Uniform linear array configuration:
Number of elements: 24
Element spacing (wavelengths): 0.75
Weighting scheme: uniform
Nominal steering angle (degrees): -30
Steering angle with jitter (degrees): -29.699
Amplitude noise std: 0.05
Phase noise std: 0.05

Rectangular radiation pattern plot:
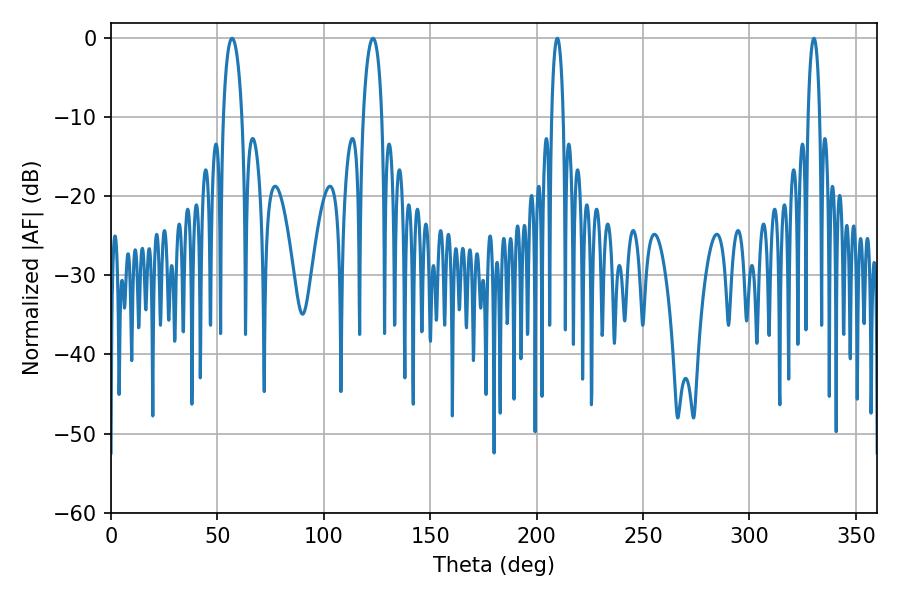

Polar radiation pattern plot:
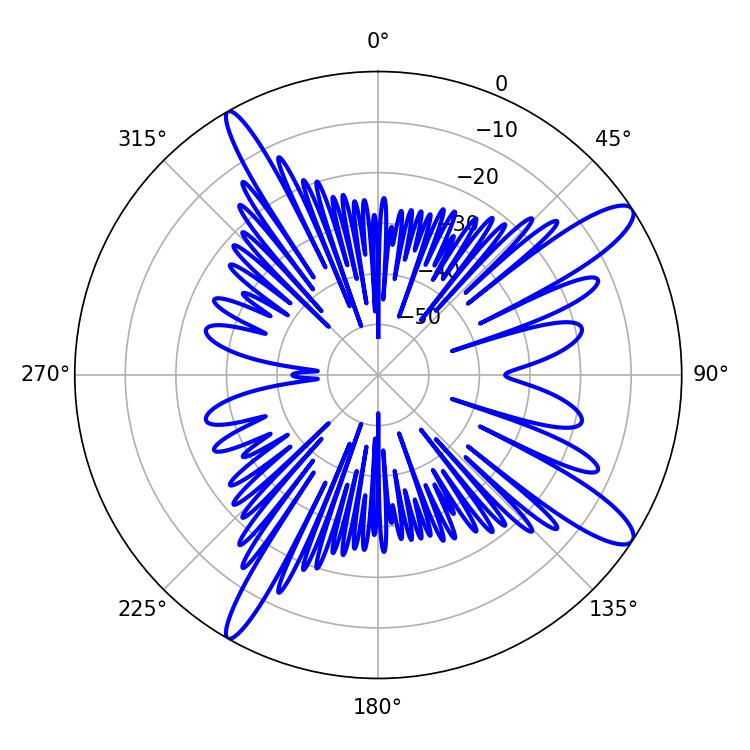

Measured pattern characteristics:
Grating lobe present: TRUE
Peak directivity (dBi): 12.761
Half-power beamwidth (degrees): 4.86
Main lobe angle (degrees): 56.88